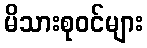
မိသားစုဝင်များ